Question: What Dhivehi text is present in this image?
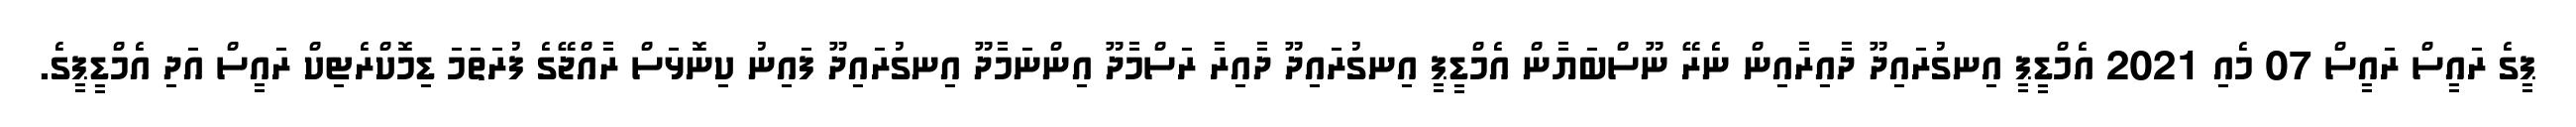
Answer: ޕީގެ ރައީސް ރައީސް 07 މެއި 2021 އެމްޑީޕީ އިނގުރައިދޫ ދާއިރާއިން ނެރޭ ނޫސްބަޔާން އެމްޑީޕީ އިނގުރައިދޫ ދާއިރާ ރަސްމާދޫ އިންނަމާދޫ އިނގުރައިދޫ ފައިނު ކިނޮޅަސް ރާއްޖޭގެ ފުރަތަމަ ޑިމޮކްރެޓިކް ރައީސް އަދި އެމްޑީޕީގެ.